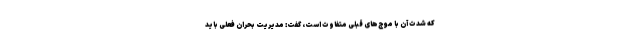
که شدت آن با موج‌های قبلی متفاوت است، گفت: مدیریت بحران فعلی باید